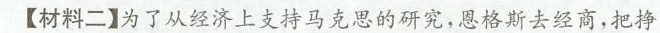
【材料二】为了从经济上支持马克思的研究，恩格斯去经商，把挣